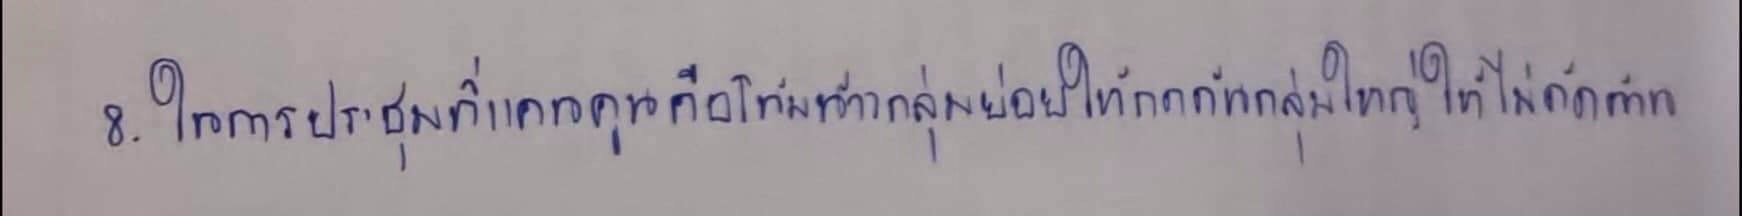
8.ในการประชุมที่แคนคูนคือโน้มน้าวกลุ่มย่อยให้กดดันกลุ่มใหญ่ให้ไม่คัดค้าน